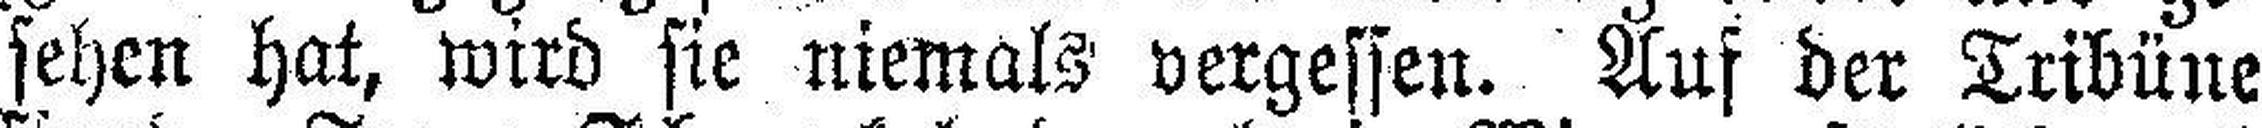
sehen hat, wird sie niemals vergessen. Auf der Tribüne